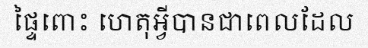
ផ្ទៃពោះ ហេតុអ្វីបានជាពេលដែល